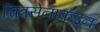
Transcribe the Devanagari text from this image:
चित्रसेनाकडून